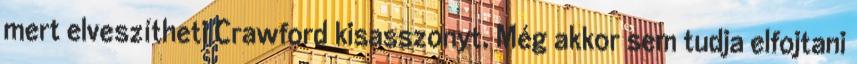
mert elveszítheti Crawford kisasszonyt. Még akkor sem tudja elfojtani